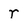
Character: r